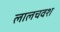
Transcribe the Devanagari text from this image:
लालचवश